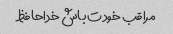
مراقب خودت باش خداحافظ